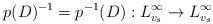
LaTeX: \begin{align*}p(D)^{-1}=p^{-1}(D): L^\infty_{v_s}\to L^\infty_{v_s}\end{align*}